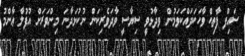
ސައިފް ފާތިޙް ވާހަކަދައްކަވަމުން ވިދާޅުވީ ސިޔާސީ ވާދަވެރިކަން ނުކުޅަދާނަ މިންވަރަށް އުފުލާ ޢާންމު